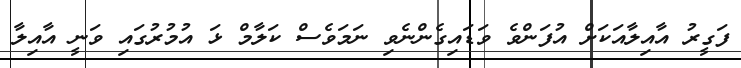
ފަގީރު އާއިލާއަކަށް އުފަންވެ ވަޑައިގެންނެވި ނަމަވެސް ކަލާމް ޅަ އުމުރުގައި ވަނީ އާއިލާ